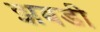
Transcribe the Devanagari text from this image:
झबडी